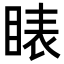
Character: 䁃